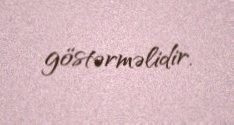
göstərməlidir.